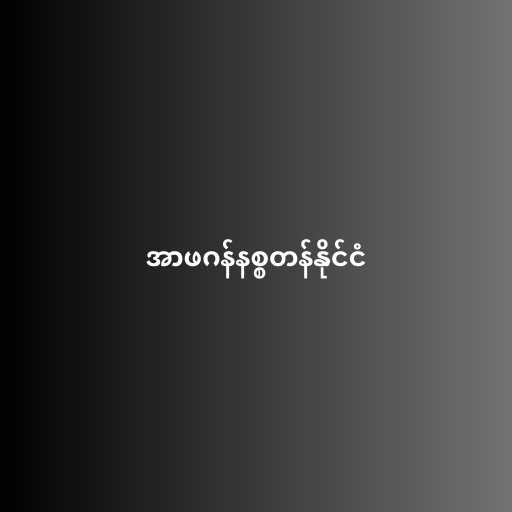
အာဖဂန်နစ္စတန်နိုင်ငံ